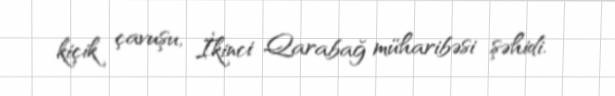
kiçik çavuşu, İkinci Qarabağ müharibəsi şəhidi.